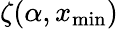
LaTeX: \zeta(\alpha,x_{\mathrm{min}})